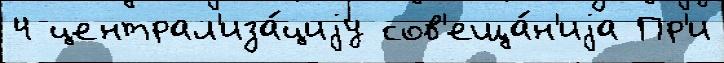
4 централ'иза́циjу сов'еща́н'иjа Пр'и